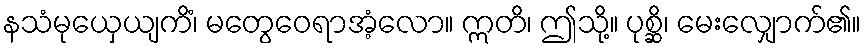
နသံမုယှေယျကိံ၊ မတွေဝေရာအံ့လော။ ဣတိ၊ ဤသို့။ ပုစ္ဆိ၊ မေးလျှောက်၏။